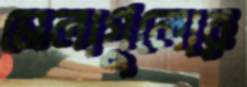
মেলাগুলোর